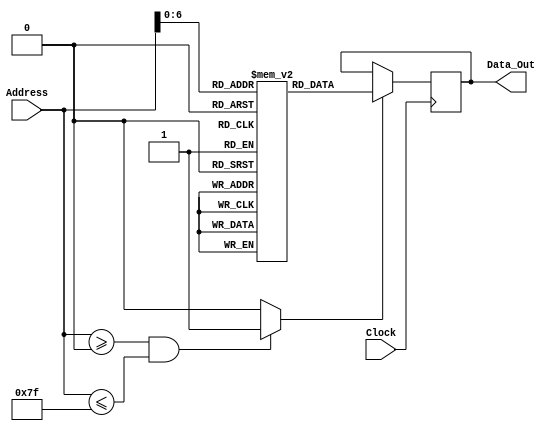
// Program Memory

module rom_128x8_sync (
    output reg [7:0] Data_Out,
    input wire [7:0] Address,
    input wire Clock
);

    reg [7:0] Rom [0:127];
    reg En;

    parameter LDA_IMM = 8'h86;  // Load Register A with Immediate Addressing
    parameter LDA_DIR = 8'h87;  // Load Register A with Direct Addressing
    parameter LDB_IMM = 8'h88;  // Load Register B with Immediate Addressing
    parameter LDB_DIR = 8'h89;  // Load Register B with Direct Addressing
    parameter STA_DIR = 8'h96;  // Store Register A to memory (RAM or IO)
    parameter STB_DIR = 8'h97;  // Store Register B to memory (RAM or IO)
    parameter ADD_AB = 8'h42;   // A <= A+B
    parameter BRA = 8'h20;      // Branch Always
    parameter BEQ = 8'h23;      // Branch if Z = 1

    /*
    Selalu melakukan inisialisasi ROM, dan 
    bahagian ini dapat digantikan dengan
    $readmemb dan masuk ke dalam memory Rom
    */

    initial
        begin
            Rom[0] = LDA_IMM;
            Rom[1] = 8'hAA;
            Rom[2] = STA_DIR;
            Rom[3] = 8'hE0;
            Rom[4] = BRA;
            Rom[5] = 8'h00;
        end

    /*
    Bahagian ini digunakan untuk menyalakan
    internal Enable otomatis untuk merekognisi
    Enable berdasarkan Address yang masuk
    di dalam Address bus.
    */

    always @ (Address)
        if ( (Address >= 8'd0) && (Address <= 8'd127) )
            En = 1'b1;
        else
            En = 1'b0;

    always @ (posedge Clock)
        if (En)
            Data_Out = Rom[Address];

endmodule

// Data Memory

module rw_96x8_sync (
    output reg [7:0] Data_Out,
    input wire [7:0] Data_In,
    input wire [7:0] Address,
    input wire Clock, Write
);

    reg [7:0] Rw [128:223];
    reg En;

    always @ (Address)
        if ( (Address >= 128) && (Address <= 223) )
            En = 1'b1;
        else
            En = 1'b0;

    always @ (posedge Clock)
        if (Write && En)
            Rw[Address] = Data_In;
        else if (!Write && En)
            Data_Out = Rw[Address];

endmodule

// Output ports

module output_ports_sync (
    output reg [7:0] Port_Out_00,
    output reg [7:0] Port_Out_01,
    output reg [7:0] Port_Out_02,
    output reg [7:0] Port_Out_03,
    output reg [7:0] Port_Out_04,
    output reg [7:0] Port_Out_05,
    output reg [7:0] Port_Out_06,
    output reg [7:0] Port_Out_07,
    output reg [7:0] Port_Out_08,
    output reg [7:0] Port_Out_09,
    output reg [7:0] Port_Out_10,
    output reg [7:0] Port_Out_11,
    output reg [7:0] Port_Out_12,
    output reg [7:0] Port_Out_13,
    output reg [7:0] Port_Out_14,
    output reg [7:0] Port_Out_15,
    input wire [7:0] Data_In,
    input wire [7:0] Address,
    input wire Clock, Reset, Write
);

    // Port Out 00
    always @ (posedge Clock or negedge Reset)
        if (!Reset)
            Port_Out_00 <= 8'h00;
        else if ( (Address == 8'hE0) && (Write) )
            Port_Out_00 <= Data_In;
    
    // Port Out 01
    always @ (posedge Clock or negedge Reset)
        if (!Reset)
            Port_Out_01 <= 8'h00;
        else if ( (Address == 8'hE1) && (Write) )
            Port_Out_01 <= Data_In;
    
    // Port Out 02
    always @ (posedge Clock or negedge Reset)
        if (!Reset)
            Port_Out_02 <= 8'h00;
        else if ( (Address == 8'hE2) && (Write) )
            Port_Out_02 <= Data_In;
    
    // Port Out 03
    always @ (posedge Clock or negedge Reset)
        if (!Reset)
            Port_Out_03 <= 8'h00;
        else if ( (Address == 8'hE3) && (Write) )
            Port_Out_03 <= Data_In;
    
    // Port Out 04
    always @ (posedge Clock or negedge Reset)
        if (!Reset)
            Port_Out_04 <= 8'h00;
        else if ( (Address == 8'hE4) && (Write) )
            Port_Out_04 <= Data_In;
    
    // Port Out 05
    always @ (posedge Clock or negedge Reset)
        if (!Reset)
            Port_Out_05 <= 8'h00;
        else if ( (Address == 8'hE5) && (Write) )
            Port_Out_05 <= Data_In;
    
    // Port Out 06
    always @ (posedge Clock or negedge Reset)
        if (!Reset)
            Port_Out_06 <= 8'h00;
        else if ( (Address == 8'hE6) && (Write) )
            Port_Out_06 <= Data_In;
    
    // Port Out 07
    always @ (posedge Clock or negedge Reset)
        if (!Reset)
            Port_Out_07 <= 8'h00;
        else if ( (Address == 8'hE7) && (Write) )
            Port_Out_07 <= Data_In;
    
    // Port Out 08
    always @ (posedge Clock or negedge Reset)
        if (!Reset)
            Port_Out_08 <= 8'h00;
        else if ( (Address == 8'hE8) && (Write) )
            Port_Out_08 <= Data_In;
    
    // Port Out 09
    always @ (posedge Clock or negedge Reset)
        if (!Reset)
            Port_Out_09 <= 8'h00;
        else if ( (Address == 8'hE9) && (Write) )
            Port_Out_09 <= Data_In;
    
    // Port Out 10
    always @ (posedge Clock or negedge Reset)
        if (!Reset)
            Port_Out_10 <= 8'h00;
        else if ( (Address == 8'hEA) && (Write) )
            Port_Out_10 <= Data_In;
    
    // Port Out 11
    always @ (posedge Clock or negedge Reset)
        if (!Reset)
            Port_Out_11 <= 8'h00;
        else if ( (Address == 8'hEB) && (Write) )
            Port_Out_11 <= Data_In;
    
    // Port Out 12
    always @ (posedge Clock or negedge Reset)
        if (!Reset)
            Port_Out_12 <= 8'h00;
        else if ( (Address == 8'hEC) && (Write) )
            Port_Out_12 <= Data_In;

    // Port Out 13
    always @ (posedge Clock or negedge Reset)
        if (!Reset)
            Port_Out_13 <= 8'h00;
        else if ( (Address == 8'hED) && (Write) )
            Port_Out_13 <= Data_In;

    // Port Out 14
    always @ (posedge Clock or negedge Reset)
        if (!Reset)
            Port_Out_14 <= 8'h00;
        else if ( (Address == 8'hEE) && (Write) )
            Port_Out_14 <= Data_In;

    // Port Out 15
    always @ (posedge Clock or negedge Reset)
        if (!Reset)
            Port_Out_15 <= 8'h00;
        else if ( (Address == 8'hEF) && (Write) )
            Port_Out_15 <= Data_In;

endmodule

// Memory system implementation

module memory (
    output reg [7:0] Data_Out,      // Why reg? Because we use always block.
    output wire [7:0] Port_Out_00,  // Why wire? Because we only want to drive?
    output wire [7:0] Port_Out_01,
    output wire [7:0] Port_Out_02,
    output wire [7:0] Port_Out_03,
    output wire [7:0] Port_Out_04,
    output wire [7:0] Port_Out_05,
    output wire [7:0] Port_Out_06,
    output wire [7:0] Port_Out_07,
    output wire [7:0] Port_Out_08,
    output wire [7:0] Port_Out_09,
    output wire [7:0] Port_Out_10,
    output wire [7:0] Port_Out_11,
    output wire [7:0] Port_Out_12,
    output wire [7:0] Port_Out_13,
    output wire [7:0] Port_Out_14,
    output wire [7:0] Port_Out_15,
    input wire [7:0] Port_In_00,
    input wire [7:0] Port_In_01,
    input wire [7:0] Port_In_02,
    input wire [7:0] Port_In_03,
    input wire [7:0] Port_In_04,
    input wire [7:0] Port_In_05,
    input wire [7:0] Port_In_06,
    input wire [7:0] Port_In_07,
    input wire [7:0] Port_In_08,
    input wire [7:0] Port_In_09,
    input wire [7:0] Port_In_10,
    input wire [7:0] Port_In_11,
    input wire [7:0] Port_In_12,
    input wire [7:0] Port_In_13,
    input wire [7:0] Port_In_14,
    input wire [7:0] Port_In_15,
    input wire [7:0] Data_In,
    input wire [7:0] Address,
    input wire Clock, Reset, Write
);

    wire [7:0] Rom_Data_Out, Rw_Data_Out;

    rom_128x8_sync comp_1 (
        .Data_Out(Rom_Data_Out),
        .Address(Address),
        .Clock(clock)
    );

    rw_96x8_sync comp_2 (
        .Data_Out(Rw_Data_Out),
        .Data_In(Data_In),
        .Address(Address),
        .Clock(clock),
        .Write(Write)
    );

    output_ports_sync comp_3 (
        .Port_Out_00(Port_Out_00),
        .Port_Out_01(Port_Out_01),
        .Port_Out_02(Port_Out_02),
        .Port_Out_03(Port_Out_03),
        .Port_Out_04(Port_Out_04),
        .Port_Out_05(Port_Out_05),
        .Port_Out_06(Port_Out_06),
        .Port_Out_07(Port_Out_07),
        .Port_Out_08(Port_Out_08),
        .Port_Out_09(Port_Out_09),
        .Port_Out_10(Port_Out_10),
        .Port_Out_11(Port_Out_11),
        .Port_Out_12(Port_Out_12),
        .Port_Out_13(Port_Out_13),
        .Port_Out_14(Port_Out_14),
        .Port_Out_15(Port_Out_15),
        .Data_In(Data_In),
        .Address(Address),
        .Clock(Clock),
        .Reset(Reset),
        .Write(Write)
    );

    // Multiplexer, Sel: Address
    always @ (Address, 
              Rom_Data_Out,
              Rw_Data_Out,
              Port_In_00,
              Port_In_01,
              Port_In_02,
              Port_In_03,
              Port_In_04,
              Port_In_05,
              Port_In_06,
              Port_In_07,
              Port_In_08,
              Port_In_09,
              Port_In_10,
              Port_In_11,
              Port_In_12,
              Port_In_13,
              Port_In_14,
              Port_In_15
              )
        if ( (Address >= 8'd0) && (Address <= 8'd127) ) Data_Out = Rom_Data_Out;
        else if ( (Address >= 8'd128) && (Address <= 8'd223) ) Data_Out = Rw_Data_Out;
        else if (Address == 8'hF0) Data_Out = Port_In_00;
        else if (Address == 8'hF1) Data_Out = Port_In_01;
        else if (Address == 8'hF2) Data_Out = Port_In_02;
        else if (Address == 8'hF3) Data_Out = Port_In_03;
        else if (Address == 8'hF4) Data_Out = Port_In_04;
        else if (Address == 8'hF5) Data_Out = Port_In_05;
        else if (Address == 8'hF6) Data_Out = Port_In_06;
        else if (Address == 8'hF7) Data_Out = Port_In_07;
        else if (Address == 8'hF8) Data_Out = Port_In_08;
        else if (Address == 8'hF9) Data_Out = Port_In_09;
        else if (Address == 8'hFA) Data_Out = Port_In_10;
        else if (Address == 8'hFB) Data_Out = Port_In_11;
        else if (Address == 8'hFC) Data_Out = Port_In_12;
        else if (Address == 8'hFD) Data_Out = Port_In_13;
        else if (Address == 8'hFE) Data_Out = Port_In_14;
        else if (Address == 8'hFF) Data_Out = Port_In_15;

endmodule

// Data path

module data_path (
    output reg  [7:0] To_Memory, Address, Ir,
    output reg  [3:0] Ccr_Result,
    input wire  [7:0] From_Memory,
    input wire  [2:0] Alu_Sel,
    input wire  [1:0] Bus1_Sel, Bus2_Sel,
    input wire  Clock, Reset,
    input wire  Ir_Load, Mar_Load, Pc_Load,
                Pc_Inc, A_Load, B_Load, Ccr_Load
);

    reg [7:0] Bus1, Bus2, Pc, A, B, Mar;
    wire [7:0] Alu_Result;
    wire [3:0] Nzvc;
    alu comp_1 (.Alu_Result(Alu_Result), .Nzvc(Nzvc), .A(B), .B(Bus1), .Alu_Sel(Alu_Sel));
    
    // Bus 1

    always @ (Bus1_Sel or Pc or A or B)
        case (Bus1_Sel)
            2'b00   : Bus1 = Pc;
            2'b01   : Bus1 = A;
            2'b10   : Bus1 = B;
            default : Bus1 = 8'hXX;
        endcase
    
    // Bus 2

    always @ (Bus2_Sel or Alu_Result or Bus1 or From_Memory)
        case (Bus2_Sel)
            2'b00   : Bus2 = Alu_Result;
            2'b01   : Bus2 = Bus1;
            2'b10   : Bus2 = From_Memory;
            default : Bus2 = 8'hXX;
        endcase

    // Output of data path

    always @ (Bus1 or Mar)
        begin
            To_Memory = Bus1;
            Address = Mar;
        end

    // Instruction register

    always @ (posedge Clock or negedge Reset)
        if (!Reset)
            Ir <= 8'h00;
        else 
            if (Ir_Load)
                Ir <= Bus2;

    // Memory Address register

    always @ (posedge Clock or negedge Reset)
        if (!Reset)
            Mar <= 8'h00;
        else
            if (Mar_Load)
                // Value from Mar will go to Address            
                Mar <= Bus2;
    
    // Program counter

    always @ (posedge Clock or negedge Reset)
        if (!Reset)
            Pc <= 8'h00;
        else
            if (Pc_Load)
                Pc <= Bus2;
            else if (Pc_Inc)
                Pc <= Mar + 1;

    /*
    always @ (Pc)
        $monitor("time=%0t \t Pc = %b", $time, Pc);
    */

    // General purpose registers A dan B

    always @ (posedge Clock or negedge Reset)
        if (!Reset)
            A <= 8'h00;
        else
            if (A_Load)
                A <= Bus2;
    
    always @ (posedge Clock or negedge Reset)
        if (!Reset)
            B <= 8'h00;
        else
            if (B_Load)
                B <= Bus2;

    // Conditional code register

    always @ (posedge Clock or negedge Reset)
        if (!Reset)
            Ccr_Result <= 8'h00;
        else
            if (Ccr_Load)
                Ccr_Result <= Nzvc;
    
endmodule

module alu (
    output reg [7:0] Alu_Result,
    output reg [3:0] Nzvc, // Carry, Overflow, Zero, Negative
    input wire [7:0] A, B,
    input wire [2:0] Alu_Sel
);

    reg [7:0] Result;

    always @ (A or B or Alu_Sel)
        case (Alu_Sel)
            3'b000  :   begin
                            // Sum and carry flag
                            {Nzvc[0], Result} = A + B;
                            // Negative flag
                            Nzvc[3] = Result[7];
                            // Zero flag
                            if (Result == 0)
                                Nzvc[2] = 1;
                            else
                                Nzvc[2] = 0;
                            // 2's complement flag
                            // Pos + Pos = Neg, then Overflow
                            // Neg + Neg = Pos, then Overflow
                            if ( ( (A[7] == 0) && (B[7] == 0) && (Result[7] == 1) ) ||
                                 ( (A[7] == 0) && (B[7] == 0) && (Result[7] == 0) ) )
                                Nzvc[1] = 1;
                            else
                                Nzvc[0] = 0;
                        end
            default :   begin
                            Result = 8'hXX;
                            Nzvc = 4'hX;
                        end
        endcase

endmodule

module control_unit (
    output reg  Ir_Load, Mar_Load, Pc_Load,
                Pc_Inc, A_Load, B_Load, 
                Ccr_Load, Write,
    output reg  [2:0] Alu_Sel,
    output reg  [1:0] Bus1_Sel, Bus2_Sel,
    input wire  [7:0] Ir, 
    input wire  [3:0] Ccr_Result,
    input wire  Clock, Reset
);

    // Declaration
    reg [7:0] Current_State, Next_State;
    parameter   S_FETCH_0 = 0,      // Opcode fetch states
                S_FETCH_1 = 1,
                S_FETCH_2 = 2,
                
                S_DECODE_3 = 3,     // Opcode decode state
                
                S_LDA_IMM_4 = 4,    // LoadA (immediate) states
                S_LDA_IMM_5 = 5,
                S_LDA_IMM_6 = 6,

                S_LDA_DIR_4 = 7,    // LoadA (direct) states
                S_LDA_DIR_5 = 8,
                S_LDA_DIR_6 = 9,
                S_LDA_DIR_7 = 10,
                S_LDA_DIR_8 = 11,

                S_STA_DIR_4 = 12,   // StoreA (direct) states
                S_STA_DIR_5 = 13,
                S_STA_DIR_6 = 14,
                S_STA_DIR_7 = 15,

                S_LDB_IMM_4 = 16,   // LoadB (immediate) states
                S_LDB_IMM_5 = 17,
                S_LDB_IMM_6 = 18,

                S_LDB_DIR_4 = 19,   // LoadB (direct) states
                S_LDB_DIR_5 = 20,
                S_LDB_DIR_6 = 21,
                S_LDB_DIR_7 = 22,
                S_LDB_DIR_8 = 23,

                S_STB_DIR_4 = 24,   // StoreB (direct) states
                S_STB_DIR_5 = 25,
                S_STB_DIR_6 = 26,
                S_STB_DIR_7 = 27,

                S_BRA_4 = 28,       // Branch always states
                S_BRA_5 = 29,
                S_BRA_6 = 30,

                S_BEQ_4 = 31,       // Branch if equal states
                S_BEQ_5 = 32,
                S_BEQ_6 = 33,
                S_BEQ_7 = 34,

                S_ADD_AB_4 = 35;    // Addition states

    parameter LDA_IMM = 8'h86;  // Load Register A with Immediate Addressing
    parameter LDA_DIR = 8'h87;  // Load Register A with Direct Addressing
    parameter LDB_IMM = 8'h88;  // Load Register B with Immediate Addressing
    parameter LDB_DIR = 8'h89;  // Load Register B with Direct Addressing
    parameter STA_DIR = 8'h96;  // Store Register A to memory (RAM or IO)
    parameter STB_DIR = 8'h97;  // Store Register B to memory (RAM or IO)
    parameter ADD_AB = 8'h42;   // A <= A+B
    parameter BRA = 8'h20;      // Branch Always
    parameter BEQ = 8'h23;      // Branch if Z = 1

    // State memory
    always @ (posedge Clock or negedge Reset)
        if (!Reset)
            Current_State <= S_FETCH_0;
        else
            Current_State <= Next_State;

    // Next state
    always @ (Current_State or Ir or Ccr_Result)
        case (Current_State)
            S_FETCH_0   : Next_State = S_FETCH_1;
            S_FETCH_1   : Next_State = S_FETCH_2;
            S_FETCH_2   : Next_State = S_DECODE_3;

            S_DECODE_3  : if        (Ir == LDA_IMM)     Next_State = S_LDA_IMM_4;   // Register A
                          else if   (Ir == LDA_DIR)     Next_State = S_LDA_DIR_4;
                          else if   (Ir == STA_DIR)     Next_State = S_STA_DIR_4;

                          else if   (Ir == LDB_IMM)     Next_State = S_LDB_IMM_4;   // Register B
                          else if   (Ir == LDB_DIR)     Next_State = S_LDB_DIR_4;
                          else if   (Ir == STB_DIR)     Next_State = S_STB_DIR_4;

                          else if   (Ir == BRA)         Next_State = S_BRA_4;       // Branch always
                          else if   (Ir == ADD_AB)      Next_State = S_ADD_AB_4;    // Addition
                          else                          Next_State = S_FETCH_0;
                           
            S_LDA_IMM_4 : Next_State = S_LDA_IMM_5;
            S_LDA_IMM_5 : Next_State = S_LDA_IMM_6;
            S_LDA_IMM_6 : Next_State = S_FETCH_0;
        endcase

    // Output logic
    always @ (Current_State)
        case (Current_State)
            S_FETCH_0   : begin                     // Menyalakan MAR
                            Ir_Load     = 0;
                            Mar_Load    = 1;
                            Pc_Load     = 0;
                            Pc_Inc      = 0;
                            A_Load      = 0;
                            B_Load      = 0;
                            Alu_Sel     = 3'b000;
                            Ccr_Load    = 0;
                            Bus1_Sel    = 2'b00;    // 00 = PC, 01 = A, 10 = B
                            Bus2_Sel    = 2'b01;    // 00 = ALU, 01 = Bus1, 10 = From_Memory
                            Write       = 0;
                          end

            S_FETCH_1   : begin                     // Increment PC
                            Ir_Load     = 0;
                            Mar_Load    = 0;
                            Pc_Load     = 0;
                            Pc_Inc      = 1;
                            A_Load      = 0;
                            B_Load      = 0;
                            Alu_Sel     = 3'b000;
                            Ccr_Load    = 0;
                            Bus1_Sel    = 2'b00;    // 00 = PC, 01 = A, 10 = B
                            Bus2_Sel    = 2'b01;    // 00 = ALU, 01 = Bus1, 10 = From_Memory
                            Write       = 0;
                          end
            
            S_FETCH_2   : begin                     // Read binary opcode
                            Ir_Load     = 0;
                            Mar_Load    = 0;
                            Pc_Load     = 1;
                            Pc_Inc      = 0;
                            A_Load      = 0;
                            B_Load      = 0;
                            Alu_Sel     = 3'b000;
                            Ccr_Load    = 0;
                            Bus1_Sel    = 2'b00;    // 00 = PC, 01 = A, 10 = B
                            Bus2_Sel    = 2'b10;    // 00 = ALU, 01 = Bus1, 10 = From_Memory
                            Write       = 0;
                          end

            S_LDA_IMM_4 : begin
                            Ir_Load     = 0;
                            Mar_Load    = 0;
                            Pc_Load     = 0;
                            Pc_Inc      = 0;
                            A_Load      = 0;
                            B_Load      = 0;
                            Alu_Sel     = 3'b000;
                            Ccr_Load    = 0;
                            Bus1_Sel    = 2'b00;    // 00 = PC, 01 = A, 10 = B
                            Bus2_Sel    = 2'b01;    // 00 = ALU, 01 = Bus1, 10 = From_Memory
                            Write       = 0;
                          end

        endcase
endmodule

module cpu (
    output wire [7:0] Address, To_Memory,
    output wire Write,
    input wire [7:0] From_Memory,
    input wire Clock, Reset
);

    wire [7:0] Ir;
    wire [3:0] Ccr_Result;
    wire [2:0] Alu_Sel;
    wire [1:0] Bus1_Sel, Bus2_Sel;
    wire Ir_Load, Mar_Load, Pc_Load, 
         Pc_Inc, A_Load, B_Load,
         Ccr_Load;
    
    control_unit comp_1 (.Ir_Load(Ir_Load),
                         .Mar_Load(Mar_Load),
                         .Pc_Load(Pc_Load),
                         .Pc_Inc(Pc_Inc),
                         .A_Load(A_Load),
                         .B_Load(B_Load),
                         .Alu_Sel(Alu_Sel),
                         .Ccr_Load(Ccr_Load),
                         .Write(Write),
                         .Bus1_Sel(Bus1_Sel),
                         .Bus2_Sel(Bus2_Sel),
                         .Ir(Ir),
                         .Ccr_Result(Ccr_Result),
                         .Clock(Clock),
                         .Reset(Reset)
                        );
    data_path comp_2 (.To_Memory(To_Memory),
                      .Address(Address),
                      .Ir(Ir),
                      .Ccr_Result(Ccr_Result),
                      .From_Memory(From_Memory),
                      .Alu_Sel(Alu_Sel),
                      .Bus1_Sel(Bus1_Sel),
                      .Bus2_Sel(Bus2_Sel),
                      .Clock(Clock),
                      .Reset(Reset),
                      .Ir_Load(Ir_Load),
                      .Mar_Load(Mar_Load),
                      .Pc_Load(Pc_Load),
                      .Pc_Inc(Pc_Inc),
                      .A_Load(A_Load),
                      .B_Load(B_Load),
                      .Ccr_Load(Ccr_Load)
                     );

endmodule

module mcu (
    output wire [7:0] Port_Out_00,
    output wire [7:0] Port_Out_01,
    output wire [7:0] Port_Out_02,
    output wire [7:0] Port_Out_03,
    output wire [7:0] Port_Out_04,
    output wire [7:0] Port_Out_05,
    output wire [7:0] Port_Out_06,
    output wire [7:0] Port_Out_07,
    output wire [7:0] Port_Out_08,
    output wire [7:0] Port_Out_09,
    output wire [7:0] Port_Out_10,
    output wire [7:0] Port_Out_11,
    output wire [7:0] Port_Out_12,
    output wire [7:0] Port_Out_13,
    output wire [7:0] Port_Out_14,
    output wire [7:0] Port_Out_15,
    input wire [7:0] Port_In_00,
    input wire [7:0] Port_In_01,
    input wire [7:0] Port_In_02,
    input wire [7:0] Port_In_03,
    input wire [7:0] Port_In_04,
    input wire [7:0] Port_In_05,
    input wire [7:0] Port_In_06,
    input wire [7:0] Port_In_07,
    input wire [7:0] Port_In_08,
    input wire [7:0] Port_In_09,
    input wire [7:0] Port_In_10,
    input wire [7:0] Port_In_11,
    input wire [7:0] Port_In_12,
    input wire [7:0] Port_In_13,
    input wire [7:0] Port_In_14,
    input wire [7:0] Port_In_15,
    input wire Clock, Reset
);

    wire [7:0] Address, To_Memory_Data_In, From_Memory_Data_Out;
    wire Write;

    cpu comp_1(.Address(Address),
               .To_Memory(To_Memory_Data_In),
               .Write(Write),
               .From_Memory(From_Memory_Data_Out),
               .Clock(Clock),
               .Reset(Reset)
    );

    memory comp_2(.Data_Out(From_Memory_Data_Out),
                  .Port_Out_00(Port_Out_00),
                  .Port_Out_01(Port_Out_01),
                  .Port_Out_02(Port_Out_02),
                  .Port_Out_03(Port_Out_03),
                  .Port_Out_04(Port_Out_04),
                  .Port_Out_05(Port_Out_05),
                  .Port_Out_06(Port_Out_06),
                  .Port_Out_07(Port_Out_07),
                  .Port_Out_08(Port_Out_08),
                  .Port_Out_09(Port_Out_09),
                  .Port_Out_10(Port_Out_10),
                  .Port_Out_11(Port_Out_11),
                  .Port_Out_12(Port_Out_12),
                  .Port_Out_13(Port_Out_13),
                  .Port_Out_14(Port_Out_14),
                  .Port_Out_15(Port_Out_15),
                  .Port_In_00(Port_In_00),
                  .Port_In_01(Port_In_01),
                  .Port_In_02(Port_In_02),
                  .Port_In_03(Port_In_03),
                  .Port_In_04(Port_In_04),
                  .Port_In_05(Port_In_05),
                  .Port_In_06(Port_In_06),
                  .Port_In_07(Port_In_07),
                  .Port_In_08(Port_In_08),
                  .Port_In_09(Port_In_09),
                  .Port_In_10(Port_In_10),
                  .Port_In_11(Port_In_11),
                  .Port_In_12(Port_In_12),
                  .Port_In_13(Port_In_13),
                  .Port_In_14(Port_In_14),
                  .Port_In_15(Port_In_15),
                  .Address(Address),
                  .Clock(Clock),
                  .Reset(Reset),
                  .Write(Write)
    );

endmodule

module tb_mcu ();

    wire [7:0] port_out_00;
    wire [7:0] port_out_01;
    wire [7:0] port_out_02;
    wire [7:0] port_out_03;
    wire [7:0] port_out_04;
    wire [7:0] port_out_05;
    wire [7:0] port_out_06;
    wire [7:0] port_out_07;
    wire [7:0] port_out_08;
    wire [7:0] port_out_09;
    wire [7:0] port_out_10;
    wire [7:0] port_out_11;
    wire [7:0] port_out_12;
    wire [7:0] port_out_13;
    wire [7:0] port_out_14;
    wire [7:0] port_out_15;
    reg [7:0] port_in_00;
    reg [7:0] port_in_01;
    reg [7:0] port_in_02;
    reg [7:0] port_in_03;
    reg [7:0] port_in_04;
    reg [7:0] port_in_05;
    reg [7:0] port_in_06;
    reg [7:0] port_in_07;
    reg [7:0] port_in_08;
    reg [7:0] port_in_09;
    reg [7:0] port_in_10;
    reg [7:0] port_in_11;
    reg [7:0] port_in_12;
    reg [7:0] port_in_13;
    reg [7:0] port_in_14;
    reg [7:0] port_in_15;
    reg clock, reset;

    mcu DUT (.Port_Out_00(port_out_00),
             .Port_Out_01(port_out_01),
             .Port_Out_02(port_out_02),
             .Port_Out_03(port_out_03),
             .Port_Out_04(port_out_04),
             .Port_Out_05(port_out_05),
             .Port_Out_06(port_out_06),
             .Port_Out_07(port_out_07),
             .Port_Out_08(port_out_08),
             .Port_Out_09(port_out_09),
             .Port_Out_10(port_out_10),
             .Port_Out_11(port_out_11),
             .Port_Out_12(port_out_12),
             .Port_Out_13(port_out_13),
             .Port_Out_14(port_out_14),
             .Port_Out_15(port_out_15),
             .Port_In_00(port_in_00),
             .Port_In_01(port_in_01),
             .Port_In_02(port_in_02),
             .Port_In_03(port_in_03),
             .Port_In_04(port_in_04),
             .Port_In_05(port_in_05),
             .Port_In_06(port_in_06),
             .Port_In_07(port_in_07),
             .Port_In_08(port_in_08),
             .Port_In_09(port_in_09),
             .Port_In_10(port_in_10),
             .Port_In_11(port_in_11),
             .Port_In_12(port_in_12),
             .Port_In_13(port_in_13),
             .Port_In_14(port_in_14),
             .Port_In_15(port_in_15),
             .Clock(clock),
             .Reset(reset)
    );

    // Clock
    initial
        clock = 1'b1;
    always
        #1 clock = ~clock;

    // Reset
    initial
        begin
            reset = 1'b0;
            #1 reset = 1'b1;
        end

    initial
        begin
            $dumpfile("mcu.vcd");
            $dumpvars(0, tb_mcu);
            #20;
            $finish;
        end

endmodule